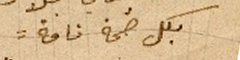
بكل صحة تامة.